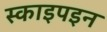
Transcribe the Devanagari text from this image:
स्काइपइन